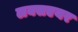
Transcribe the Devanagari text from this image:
लक्सएयर